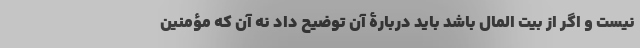
نیست و اگر از بیت المال باشد باید دربارۀ آن توضیح داد نه آن که مؤمنین